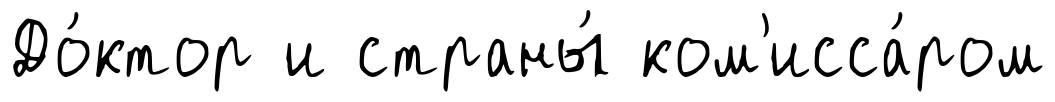
До́ктор и страны́ ком'исса́ром